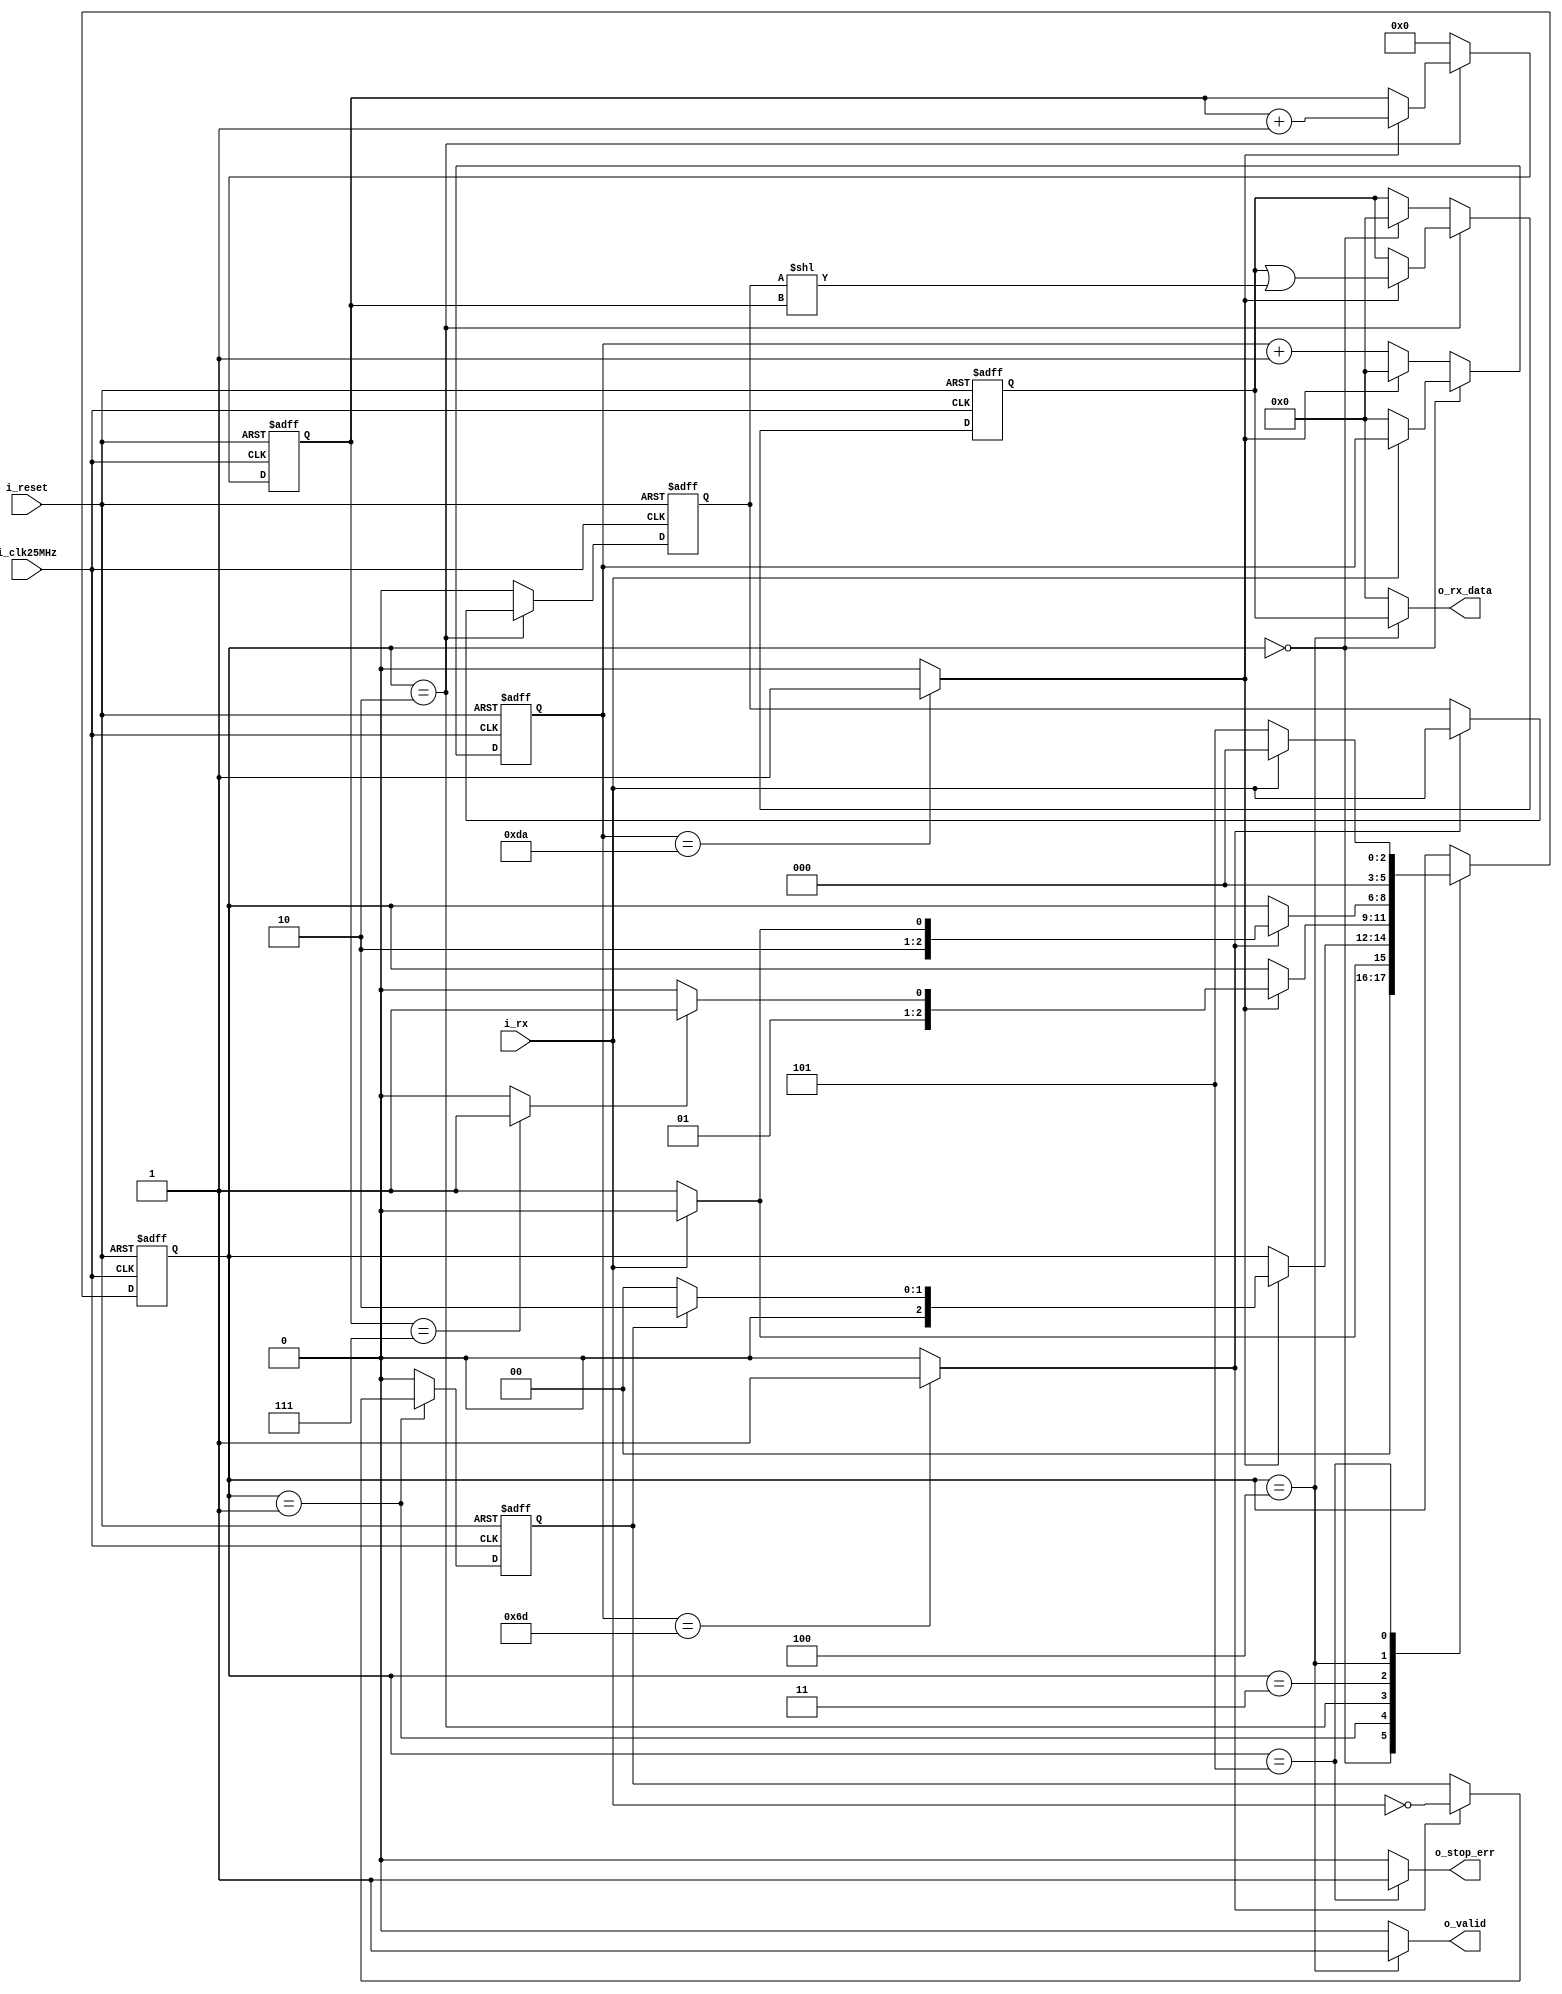
`ifndef _UART_RX_V_
  `define _UART_RX_V_
  
`timescale 1ns / 1ps

module uart_rx(input i_clk25MHz,
               input i_reset,
               input i_rx,
               output o_stop_err,
               output o_valid,
               output [7:0] o_rx_data);
  
  parameter WAIT_FOR_START = 3'b000;
  parameter START_BIT      = 3'b001;
  parameter RECV_DATA      = 3'b010;
  parameter STOP_BIT       = 3'b011;
  parameter SUCCESS        = 3'b100;
  parameter STOP_ERR       = 3'b101;
  
  reg [2:0] reg_state;
  reg [2:0] next_state;
  
  reg [7:0] reg_counter;
  reg [7:0] next_counter;
  
  reg [3:0] reg_bits_counter;
  reg [3:0] next_bits_counter;
  
  reg next_start_bit;
  reg reg_start_bit;
  
  reg next_stop_bit;
  reg reg_stop_bit;
  
  reg reg_data_bit;
  reg next_data_bit;
  
  wire serial_period;
  wire half_serial_period;
  
  wire all_bits_recv;
  
  reg [7:0] reg_rx_data;
  reg [7:0] next_rx_data;
  
  always @(posedge i_clk25MHz, posedge i_reset)
    if (i_reset)
      reg_counter <= 0;
  else
      reg_counter <= next_counter;
  
  always @(posedge i_clk25MHz, posedge i_reset)
    if (i_reset)
      reg_bits_counter <= 3'b0;
    else
      reg_bits_counter <= next_bits_counter;
  
  always @(*)
    begin
      next_bits_counter = reg_bits_counter;
      
      if (reg_state == RECV_DATA)
        next_bits_counter = (serial_period) ? reg_bits_counter + 1 : reg_bits_counter;
      else
        next_bits_counter = 0;
    end
  
  assign all_bits_recv = (reg_bits_counter == 7) ? 1'b1 : 1'b0;
  
  always @(*)
    if (reg_state == WAIT_FOR_START)
      next_counter = (~i_rx) ? 0 : reg_counter;
    else
      next_counter = (serial_period) ? 0 : reg_counter + 1;
 
  assign serial_period      = (reg_counter == 8'd218) ? 1'b1 : 1'b0;
  assign half_serial_period = (reg_counter == 8'd109) ? 1'b1 : 1'b0;
  
  always @(posedge i_clk25MHz, posedge i_reset)
    if (i_reset)
      reg_state <= WAIT_FOR_START;
    else
      reg_state <= next_state;
  
  always @(*)
    begin
      next_state = reg_state;
   
      case (reg_state)
        WAIT_FOR_START:
          next_state = (~i_rx) ? START_BIT : WAIT_FOR_START;
        START_BIT:
          if (serial_period)
            next_state = (reg_start_bit) ? RECV_DATA : WAIT_FOR_START;
        RECV_DATA:
          if (serial_period)
            next_state = (all_bits_recv) ? STOP_BIT : RECV_DATA;
        STOP_BIT:
          if (half_serial_period)
            next_state = (i_rx) ? SUCCESS : STOP_ERR;
        SUCCESS:
          next_state = WAIT_FOR_START;
        STOP_ERR:
          next_state = (i_rx) ? WAIT_FOR_START : STOP_ERR;
      endcase
    end
  
  always @(posedge i_clk25MHz, posedge i_reset)
    if (i_reset)
      begin
        reg_start_bit <= 0;
        reg_stop_bit  <= 0;
        reg_data_bit  <= 0;
      end
    else
      begin
        reg_start_bit <= next_start_bit;
        reg_stop_bit  <= next_stop_bit;
        reg_data_bit  <= next_data_bit;
      end
  
  always @(*)
    begin
      next_start_bit = reg_start_bit;
      next_stop_bit = reg_stop_bit;
      next_data_bit = reg_data_bit;
      
      if (reg_state == START_BIT) 
        next_start_bit = (half_serial_period) ? (~i_rx) : reg_start_bit;
      else
        next_start_bit = 0;
      
      if (reg_state == STOP_BIT)
        next_stop_bit = (half_serial_period) ? i_rx : reg_stop_bit;
      else
        next_stop_bit = 0;
      
      if (reg_state == RECV_DATA)
        next_data_bit = (half_serial_period) ? i_rx : reg_data_bit;
      else
        next_data_bit = 0;
    end
  
  always @(posedge i_clk25MHz, posedge i_reset)
    if (i_reset)
      reg_rx_data <= 8'b0;
    else
      reg_rx_data <= next_rx_data;
  
  always @(*)
    begin
      next_rx_data = reg_rx_data;
      if (reg_state == WAIT_FOR_START)
        next_rx_data = 8'b0;
      
      if (reg_state == RECV_DATA)
        next_rx_data = (serial_period) ? (reg_rx_data | (reg_data_bit << reg_bits_counter)) : reg_rx_data;
    end

  assign o_valid    = (reg_state == SUCCESS)  ? 1'b1 : 1'b0;
  assign o_stop_err = (reg_state == STOP_ERR) ? 1'b1 : 1'b0;
  assign o_rx_data  = (reg_state == SUCCESS)  ? reg_rx_data : 8'b0;

endmodule

`endif /* _UART_RX_V_ */